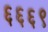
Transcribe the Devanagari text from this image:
६६६९